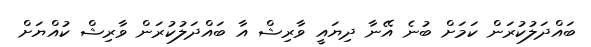
ބައްދަލުކުރަން ކަމަށް ބުނެ އޭނާ ދިޔައީ ވާރިޝް އާ ބައްދަލުކުރަން ވާރިޝް ކުއްޔަށް